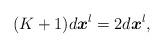
LaTeX: \begin{align*}(K+1)d\boldsymbol{x}^{l}=2d\boldsymbol{x}^{l},\end{align*}